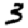
Digit: 3